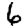
Digit: 6